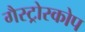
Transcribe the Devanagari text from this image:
गैस्ट्रोस्कोप